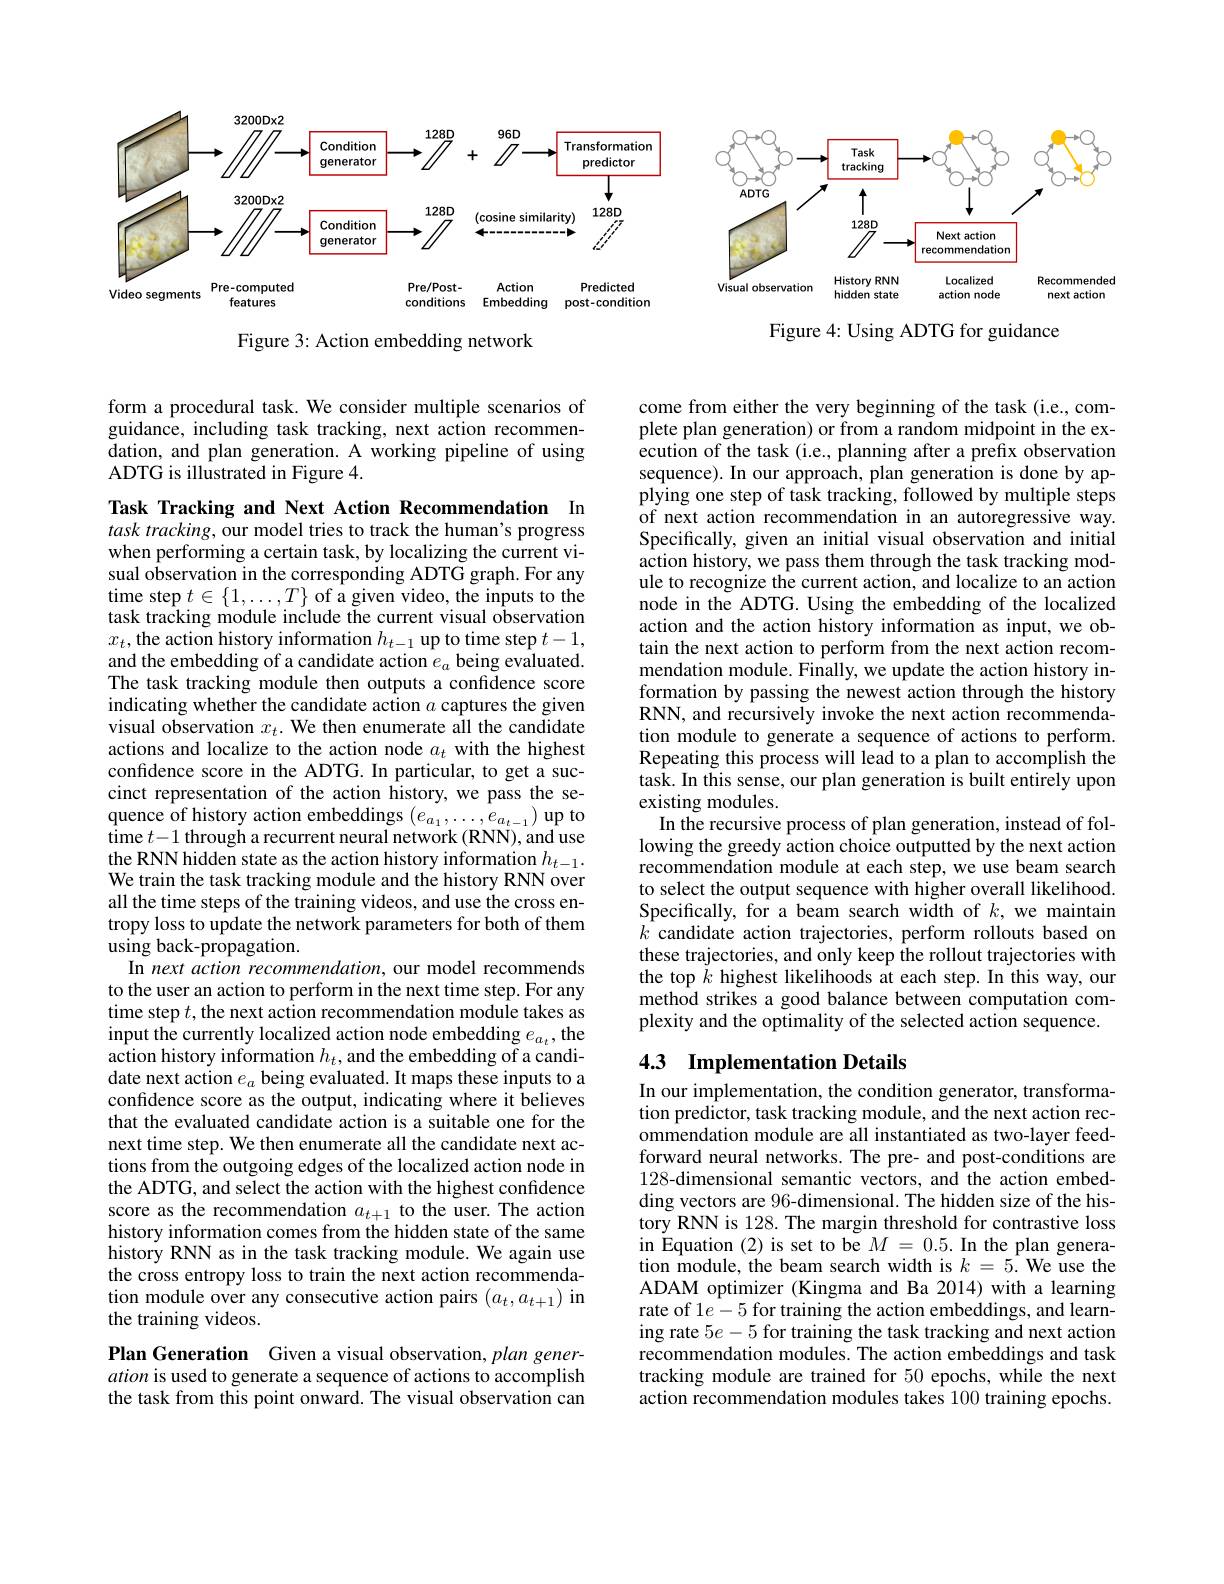
<FigureHere>

Figure 3: Action embedding network

form a procedural task. We consider multiple scenarios of guidance, including task tracking, next action recommendation, and plan generation. A working pipeline of using ADTG is illustrated in Figure 4.

come from either the very beginning of the task (i.e., complete plan generation) or from a random midpoint in the execution of the task (i.e., planning after a prefix observation sequence). In our approach, plan generation is done by applying one step of task tracking, followed by multiple steps of next action recommendation in an autoregressive way. Specifically, given an initial visual observation and initial action history, we pass them through the task tracking module to recognize the current action, and localize to an action node in the ADTG. Using the embedding of the localized action and the action history information as input, we obtain the next action to perform from the next action recommendation module. Finally, we update the action history information by passing the newest action through the history RNN, and recursively invoke the next action recommendation module to generate a sequence of actions to perform. Repeating this process will lead to a plan to accomplish the task. In this sense, our plan generation is built entirely upon existing modules.
In the recursive process of plan generation, instead of following the greedy action choice outputted by the next action recommendation module at each step, we use beam search to select the output sequence with higher overall likelihood. Specifically, for a beam search width of $k$, we maintain $k$ candidate action trajectories, perform rollouts based on these trajectories, and only keep the rollout trajectories with the top $\tilde{k}$ highest likelihoods at each step. In this way, our method strikes a good balance between computation complexity and the optimality of the selected action sequence.

Task Tracking and Next Action Recommendation In task tracking, our model tries to track the human's progress when performing a certain task, by localizing the current visual observation in the corresponding ADTG graph. For any time step $t\in\{1,\ldots,T\}$ of a given video, the inputs to the task tracking module include the current visual observation $x_t$, the action history information $h_t-1$ up to time step $t-1$, and the embedding of a candidate action $e_a$ being evaluated. The task tracking module then outputs a confidence score indicating whether the candidate action $a$ captures the given visual observation $x_t.$ We then enumerate all the candidate actions and localize to the action node $a_t$ with the highest confidence score in the ADTG. In particular, to get a succinct representation of the action history, we pass the sequence of history action embeddings $(e_{a_1},\ldots,e_{a_{t-1}})$ up to time $t-1$ through a recurrent neural network (RNN), and use $\begin{array}{l}{\text{the RNN hidden state as the action history information }h_{t-1}.}\\{\text{We train the task tracking module and the history RNN over}}\end{array}$ all the time steps of the training videos, and use the cross entropy loss to update the network parameters for both of them using back-propagation.
In next action recommendation, our model recommends to the user an action to perform in the next time step. For any time step $t$,the next action recommendation module takes as input the currently localized action node embedding $e_{a_t}$,the action history information $h_t$, and the embedding of a candidate next action $e_a$ being evaluated. It maps these inputs to a confidence score as the output, indicating where it believes that the evaluated candidate action is a suitable one for the next time step. We then enumerate all the candidate next actions from the outgoing edges of the localized action node in the ADTG, and select the action with the highest confidence score as the recommendation $a_t+1$ to the user. The action history information comes from the hidden state of the same history RNN as in the task tracking module. We again use the cross entropy loss to train the next action recommendation module over any consecutive action pairs $(a_t,a_{t+1})$ in the training videos.
Plan Generation Given a visual observation, plan generation is used to generate a sequence of actions to accomplish

## 4.3 Implementation Details

In our implementation, the condition generator, transformation predictor, task tracking module, and the next action recommendation module are all instantiated as two-layer feedforward neural networks. The pre- and post-conditions are 128-dimensional semantic vectors, and the action embedding vectors are 96-dimensional. The hidden size of the history RNN is 128. The margin threshold for contrastive loss in Equation (2) is set to be $M=0.5.$ In the plan generation module, the beam search width is $k=5.$ We use the ADAM optimizer (Kingma and Ba 2014) with a learning rate of $1e-5$ for training the action embeddings, and learning rate $5e-5$ for training the task tracking and next action recommendation modules. The action embeddings and task tracking module are trained for 50 epochs, while the next action recommendation modules takes 100 training epochs.

the task from this point onward. The visual observation can

<FigureHere>

Figure 4: Using ADTG for guidance